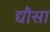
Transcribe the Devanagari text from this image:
द्यौसा